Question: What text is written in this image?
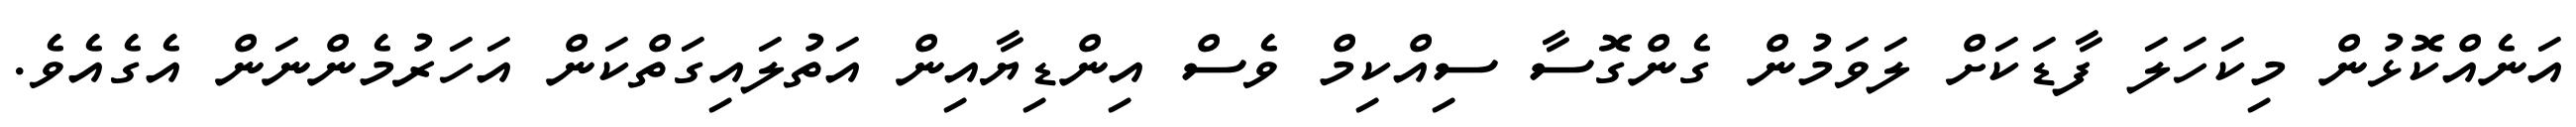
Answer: އަނެއްކޮޅުން މިކަހަލަ ފާޑަކަށް ލަވަމުން ގެންގޮސާ ސިއްކިމް ވެސް އިންޑިޔާއިން އަތުލައިގަތްކަން އަހަރުމެންނަން އެގެއެވެ.